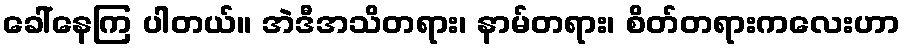
ခေါ်နေကြ ပါတယ်။ အဲဒီအသိတရား၊ နာမ်တရား၊ စိတ်တရားကလေးဟာ